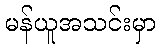
မန်ယူအသင်းမှာ